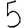
Digit: 5